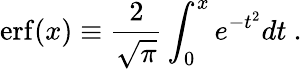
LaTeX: \mathrm{erf}(x)\equiv{\frac{2}{\sqrt{\pi}}}\int_{0}^{x}e^{-t^{2}}dt\ .